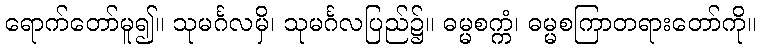
ရောက်တော်မူ၍။ သုမင်္ဂလမှိ၊ သုမင်္ဂလပြည်၌။ ဓမ္မစက္ကံ၊ ဓမ္မစကြာတရားတော်ကို။